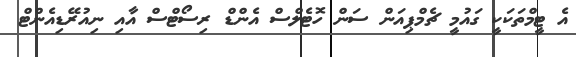
އެ ޓީމްތަކަކީ ގައުމީ ޗެމްޕިއަން ސަން ހޮޓެލްސް އެންޑް ރިސޯޓްސް އާއި ނިއުރޭޑިއެންޓް